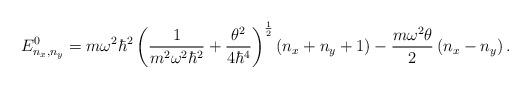
LaTeX: \begin{align*}E^0_{n_x,n_y}=m\omega^{2}\hbar^{2}\left(\frac{1}{m^2 \omega^2\hbar^2}+\frac{\theta^2}{4\hbar^4}\right)^{\frac{1}{2}}\left(n_x+n_y+1\right)-\frac{m\omega^2\theta}{2}\left(n_x-n_y\right).\end{align*}